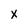
Character: X